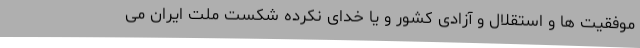
موفقیت ها و استقلال و آزادی کشور و یا خدای نکرده شکست ملت ایران می